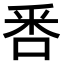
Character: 𠳅